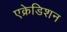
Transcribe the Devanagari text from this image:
एक्रेडिशन